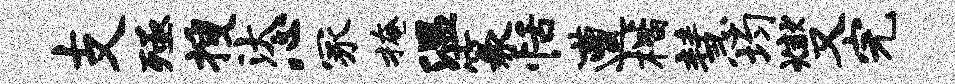
支殛搜汰心冢掩温篆恬遭楷慧均燮完